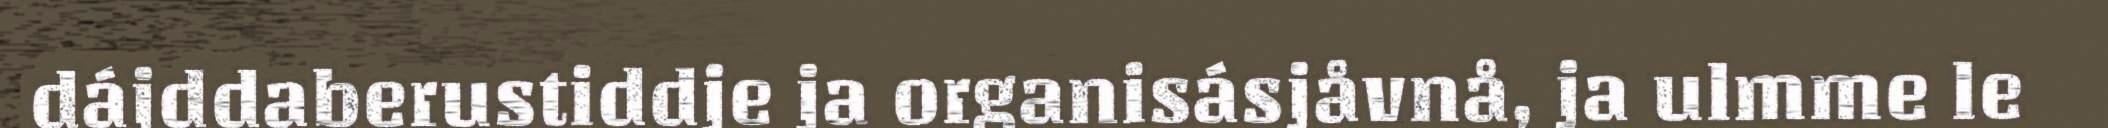
dájddaberustiddje ja organisásjåvnå, ja ulmme le